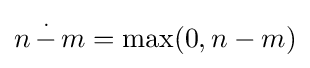
n\,{\stackrel {.}{-}}\,m=\max(0,n-m)